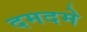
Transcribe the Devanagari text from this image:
दमदमे